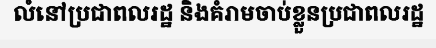
លំនៅប្រជាពលរដ្ឋ និងគំរាមចាប់ខ្លួនប្រជាពលរដ្ឋ